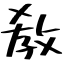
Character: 敎